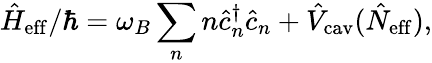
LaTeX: \hat{H}_{\mathrm{eff}}/\hbar=\omega_{B}\sum_{n}n\hat{c}_{n}^{\dagger}\hat{c}_{n}+\hat{V}_{\mathrm{cav}}(\hat{N}_{\mathrm{eff}}),